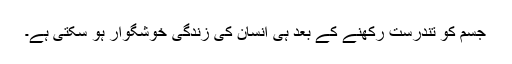
جسم کو تندرست رکھنے کے بعد ہی انسان کی زندگی خوشگوار ہو سکتی ہے۔